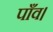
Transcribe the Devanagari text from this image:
पाँव।